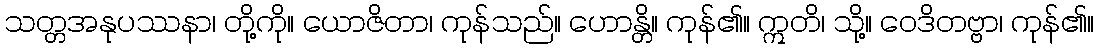
သတ္တအနုပဿနာ၊ တို့ကို။ ယောဇိတာ၊ ကုန်သည်။ ဟောန္တိ။ ကုန်၏။ ဣတိ၊ သို့။ ဝေဒိတဗ္ဗာ၊ ကုန်၏။